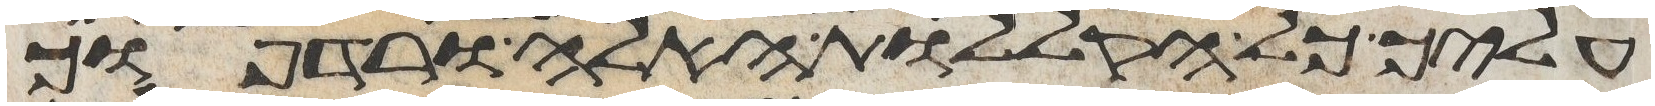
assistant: עליך כל הקללות האלה ורדפוך